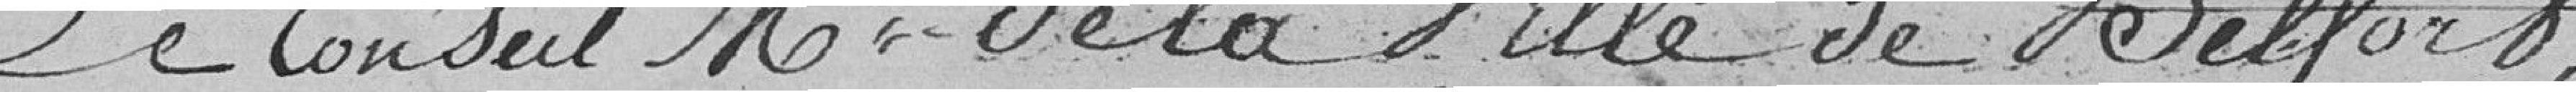
Le Conseil Municipal de la Ville de Belfort